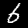
Digit: 6